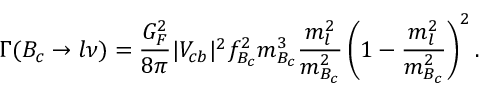
\Gamma ( B _ { c } \to l \nu ) = \frac { G _ { F } ^ { 2 } } { 8 \pi } | V _ { c b } | ^ { 2 } f _ { B _ { c } } ^ { 2 } m _ { B _ { c } } ^ { 3 } \frac { m _ { l } ^ { 2 } } { m _ { B _ { c } } ^ { 2 } } \left( 1 - \frac { m _ { l } ^ { 2 } } { m _ { B _ { c } } ^ { 2 } } \right) ^ { 2 } .